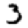
Digit: 3